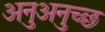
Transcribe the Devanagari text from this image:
अनुअनुच्छ